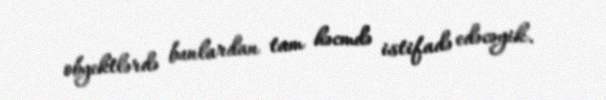
obyektlərdə bunlardan tam həcmdə istifadə edəcəyik.